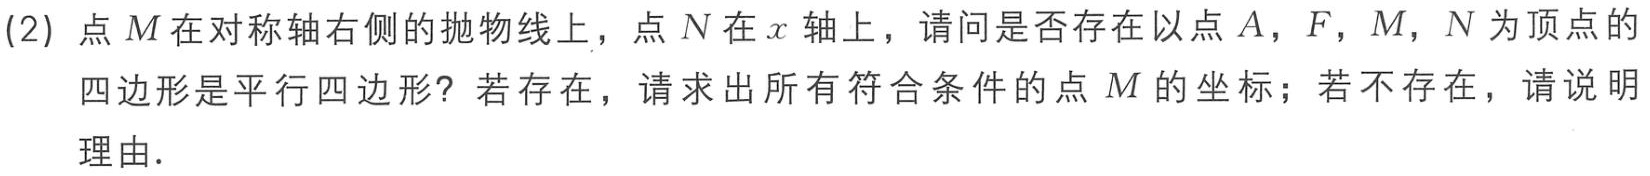
(2) 点\(M\)在对称轴右侧的抛物线上，点\(N\)在\(x\)轴上，请问是否存在以点\(A\)，\(F\)，\(M\)，\(N\)为顶点的四边形是平行四边形？若存在，请求出所有符合条件的点\(M\)的坐标；若不存在，请说明理由．